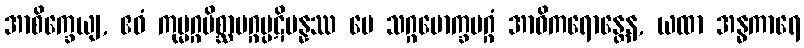
အာစိက္ခေယျ, ဧဝံ ကုမ္မဂ္ဂမိစ္ဆာမဂ္ဂပ္ပဋိပန္နဿ မေ သဂ္ဂမောက္ခမဂ္ဂံ အာဝိကရောန္တေန, ယထာ အန္ဓကာရေ